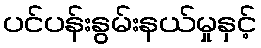
ပင်ပန်းနွမ်းနယ်မှုနှင့်